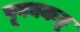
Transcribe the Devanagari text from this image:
पूवक्कट्ट